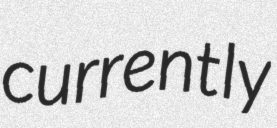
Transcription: currently